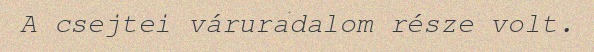
A csejtei váruradalom része volt.